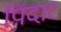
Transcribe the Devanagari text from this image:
पिंदार